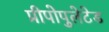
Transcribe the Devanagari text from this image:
प्रीपोपुलेटेड